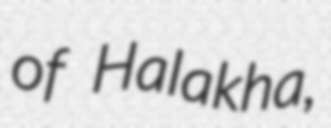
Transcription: of Halakha,